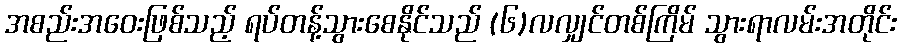
အစည်းအဝေးဖြစ်သည့် ရပ်တန့်သွားစေနိုင်သည် (၆)လလျှင်တစ်ကြိမ် သွားရာလမ်းအတိုင်း